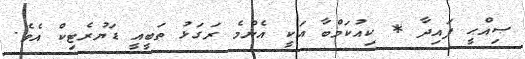
ޞިއްޙީ ފައިދާ * ކިއުކަމްބާ އަކީ އެންމެ ރަގަޅު ތަބީއީ ޑަޔުރެޓިކް އެވެ.